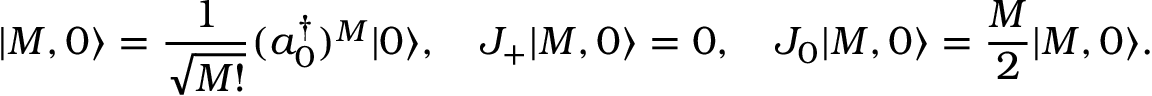
| M , 0 \rangle = { \frac { 1 } { \sqrt { M ! } } } ( a _ { 0 } ^ { \dagger } ) ^ { M } | 0 \rangle , \quad J _ { + } | M , 0 \rangle = 0 , \quad J _ { 0 } | M , 0 \rangle = { \frac { M } { 2 } } | M , 0 \rangle .